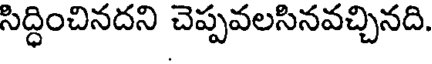
సిద్ధించినదని చెప్పవలసినవచ్చినది.